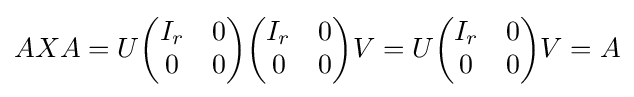
AXA=U{\begin{pmatrix}I_{r}&0\\0&0\end{pmatrix}}{\begin{pmatrix}I_{r}&0\\0&0\end{pmatrix}}V=U{\begin{pmatrix}I_{r}&0\\0&0\end{pmatrix}}V=A